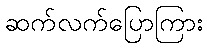
ဆက်လက်ပြောကြား